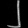
Digit: ၂